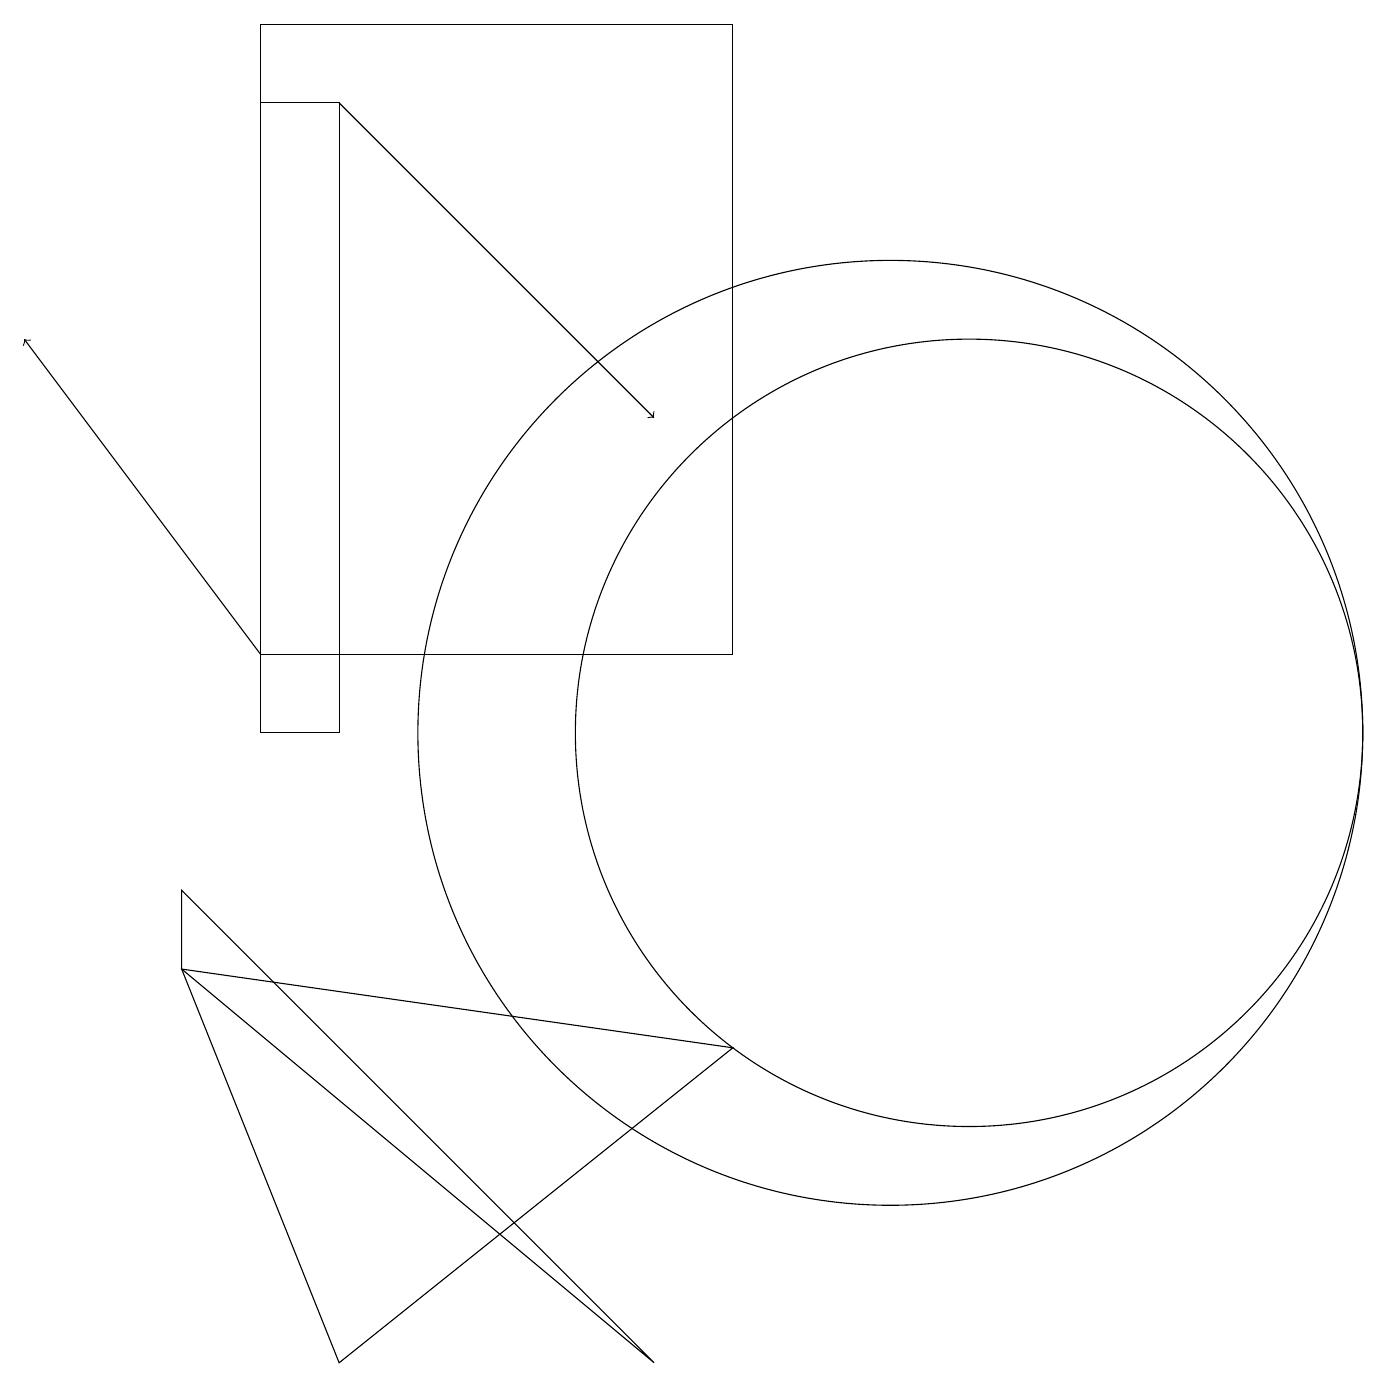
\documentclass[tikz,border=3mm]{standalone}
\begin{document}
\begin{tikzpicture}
\draw (3,10) rectangle (4,18);
\draw (8,2) -- (2,7) -- (2,8) -- cycle;
\draw (12,10) circle (5);
\draw (2,7) -- (9,6) -- (4,2) -- cycle;
\draw[->] (3,11) -- (0,15);
\draw (3,19) rectangle (9,11);
\draw[->] (4,18) -- (8,14);
\draw (11,10) circle (6);
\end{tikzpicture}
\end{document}